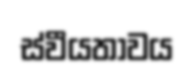
ස්වීයතාවය